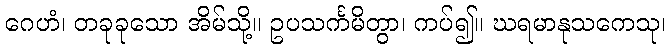
ဂေဟံ၊ တခုခုသော အိမ်သို့။ ဥပသင်္ကမိတွာ၊ ကပ်၍။ ဃရမာနုသကေသု၊